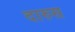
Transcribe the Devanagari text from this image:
दारुस